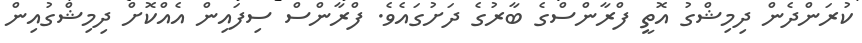
ކުރަންދެން ދިމިޝްގު އޮތީ ފްރާންސްގެ ބާރުގެ ދަށުގައެވެ. ފްރާންސް ސިފައިން އެއްކޮށް ދިމިޝްގުއިން